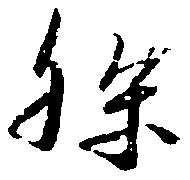
孫